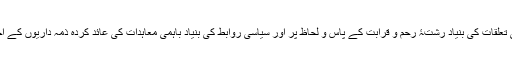
معاشرتی تعلقات کی بنیاد رشتۂ رحم و قرابت کے پاس و لحاظ پر اور سیاسی روابط کی بنیاد باہمی معاہدات کی عائد کردہ ذمہ داریوں کے احترام پر۔